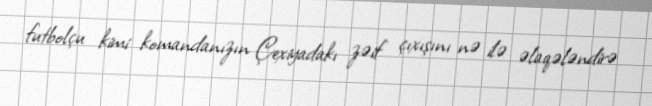
futbolçu kimi komandanızın Çexiyadakı zəif çıxışını nə ilə əlaqələndirə